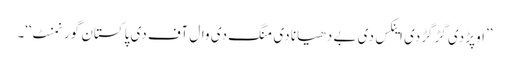
’’اوپڑ دی گڑگڑدی اینکس دی بے دھیانا دی منگ دی وال آف دی پاکستان گورنمنٹ‘‘۔